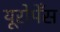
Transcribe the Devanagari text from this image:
यूरोपेँस